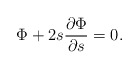
\begin{align*}\Phi+2s\frac{\partial \Phi}{\partial s}=0.\end{align*}